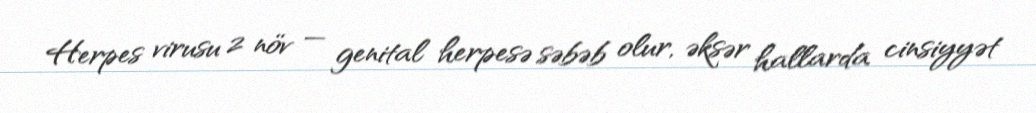
Herpes virusu 2 növ — genital herpesə səbəb olur, əksər hallarda cinsiyyət